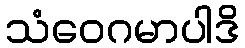
သံဝေဂမာပါဒိ